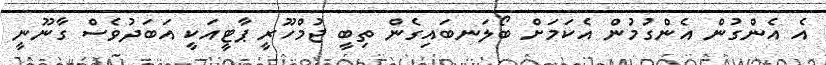
އެ އެންގުން އެންގުމުން އެކަމަށް ބޯލަނބައިގެން ތިބީ ޖުމްހޫރީ ޕާޓީއަކީ އަބަދުވެސް ގާނޫނީ